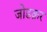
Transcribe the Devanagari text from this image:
जोडक़र